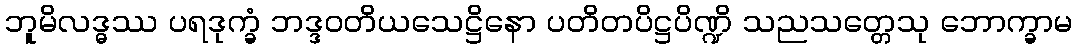
ဘူမိလဒ္ဓဿ ပရဒုက္ခံ ဘဒ္ဒဝတိယသေဋ္ဌိနော ပတိတပိဋ္ဌပိဏ္ဍိ သညသတ္တေသု ဘောက္ခာမ